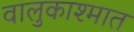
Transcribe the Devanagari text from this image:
वालुकाश्मात